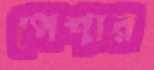
পেশার